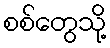
စစ်တွေသို့